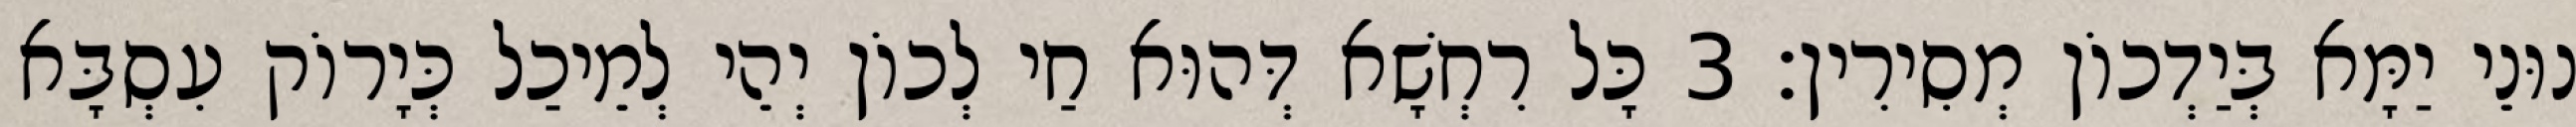
נוּנֵי יַמָּא בְּיַדְכוֹן מְסִירִין׃ 3 כָּל רִחְשָׁא דְּהוּא חַי לְכוֹן יְהֵי לְמֵיכַל כְּיָרוֹק עִסְבָּא